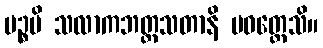
ပဉ္စပိ သလာကဘတ္တသတာနိ ပဝတ္တေသိ။